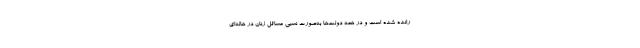
رانده شده است و در همه دولت‌ها به‌صورت نسبی مسائل زنان در هاله‌ای